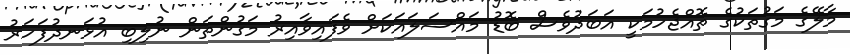
މާލޭގެ މަގުތަކުގެ ތޮއްޖެހުމަކީ އަބަދުވެސް ބޮޑު މައްސަލައަކަށް ވެފައިވާއިރު މަގުންތަން ނުލިބި އުޅަނދުފަހަރު